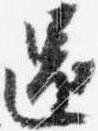
還